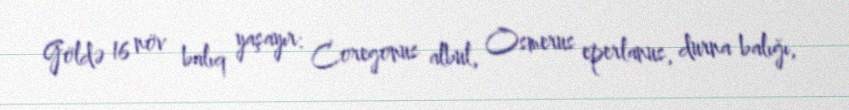
Göldə 16 növ balıq yaşayır: Coregonus albul, Osmerus eperlanus, durna balığı,